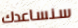
سنساعدك